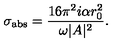
\sigma _ { \mathrm { a b s } } = { \frac { 1 6 \pi ^ { 2 } i \alpha r _ { 0 } ^ { 2 } } { \omega | A | ^ { 2 } } } .